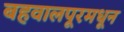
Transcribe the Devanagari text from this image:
बहवालपूरमधून